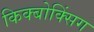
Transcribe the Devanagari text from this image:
किक्बोक्सिंग